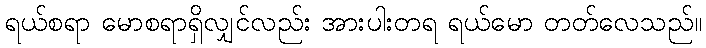
ရယ်စရာ မောစရာရှိလျှင်လည်း အားပါးတရ ရယ်မော တတ်လေသည်။